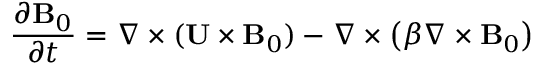
\frac { \partial { \bf { B } } _ { 0 } } { \partial t } = \nabla \times ( { \bf { U } } \times { \bf { B } } _ { 0 } ) - \nabla \times \left( { \beta \nabla \times { \bf { B } } _ { 0 } } \right)